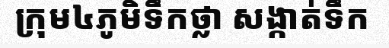
ក្រុម៤ភូមិទឹកថ្លា សង្កាត់ទឹក